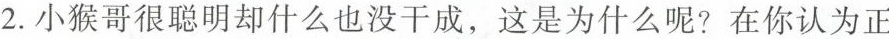
2.小猴哥很聪明却什么也没干成，这是为什么呢？在你认为正